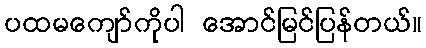
ပထမကျော်ကိုပါ အောင်မြင်ပြန်တယ်။